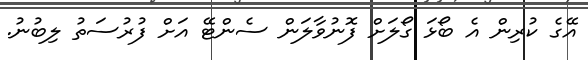
އޭގެ ކުރިން އެ ބޯޅަ ގޯލަށް ފޮނުވާލަން ސެންޓޭ އަށް ފުރުސަތު ލިބުނު.